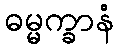
ဓမ္မက္ခာနံ